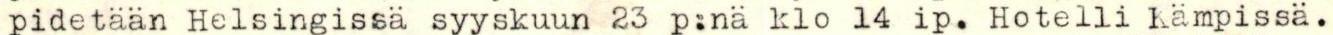
pidetään Helsingissä syyskuun 23 p:nä klo 14 ip. Hotelli Kämpissä.